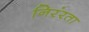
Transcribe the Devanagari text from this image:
निरंरता